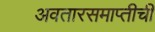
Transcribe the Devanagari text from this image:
अवतारसमाप्तीची